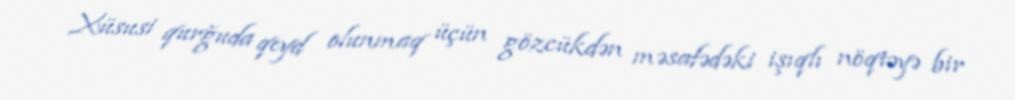
Xüsusi qurğuda qeyd olunmaq üçün gözcükdən məsafədəki işıqlı nöqtəyə bir